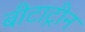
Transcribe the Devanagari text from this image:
बीटाट्रीन